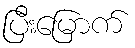
ပြီးမြောက်